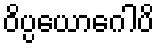
ဝိပ္ပယောဂေါပိ